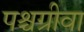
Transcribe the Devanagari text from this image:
पश्चग्रीवा